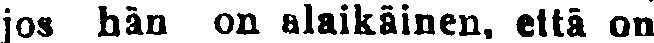
jos hän on alaikäinen, että on